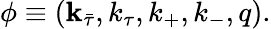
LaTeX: \phi\equiv(\mathbf k_{\bar{\tau}},k_{\tau},k_{+},k_{-},q).